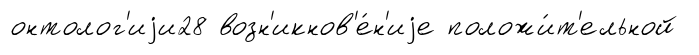
онтолог'иjи28 возн'икнов'е́н'иjе положи́т'ельной